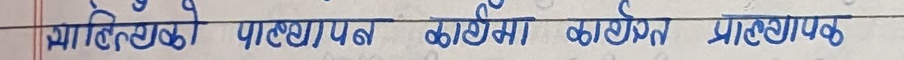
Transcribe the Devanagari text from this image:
म्याटिल्डको पाठ्यक्रम कार्यमा कार्यरत प्राध्यापक